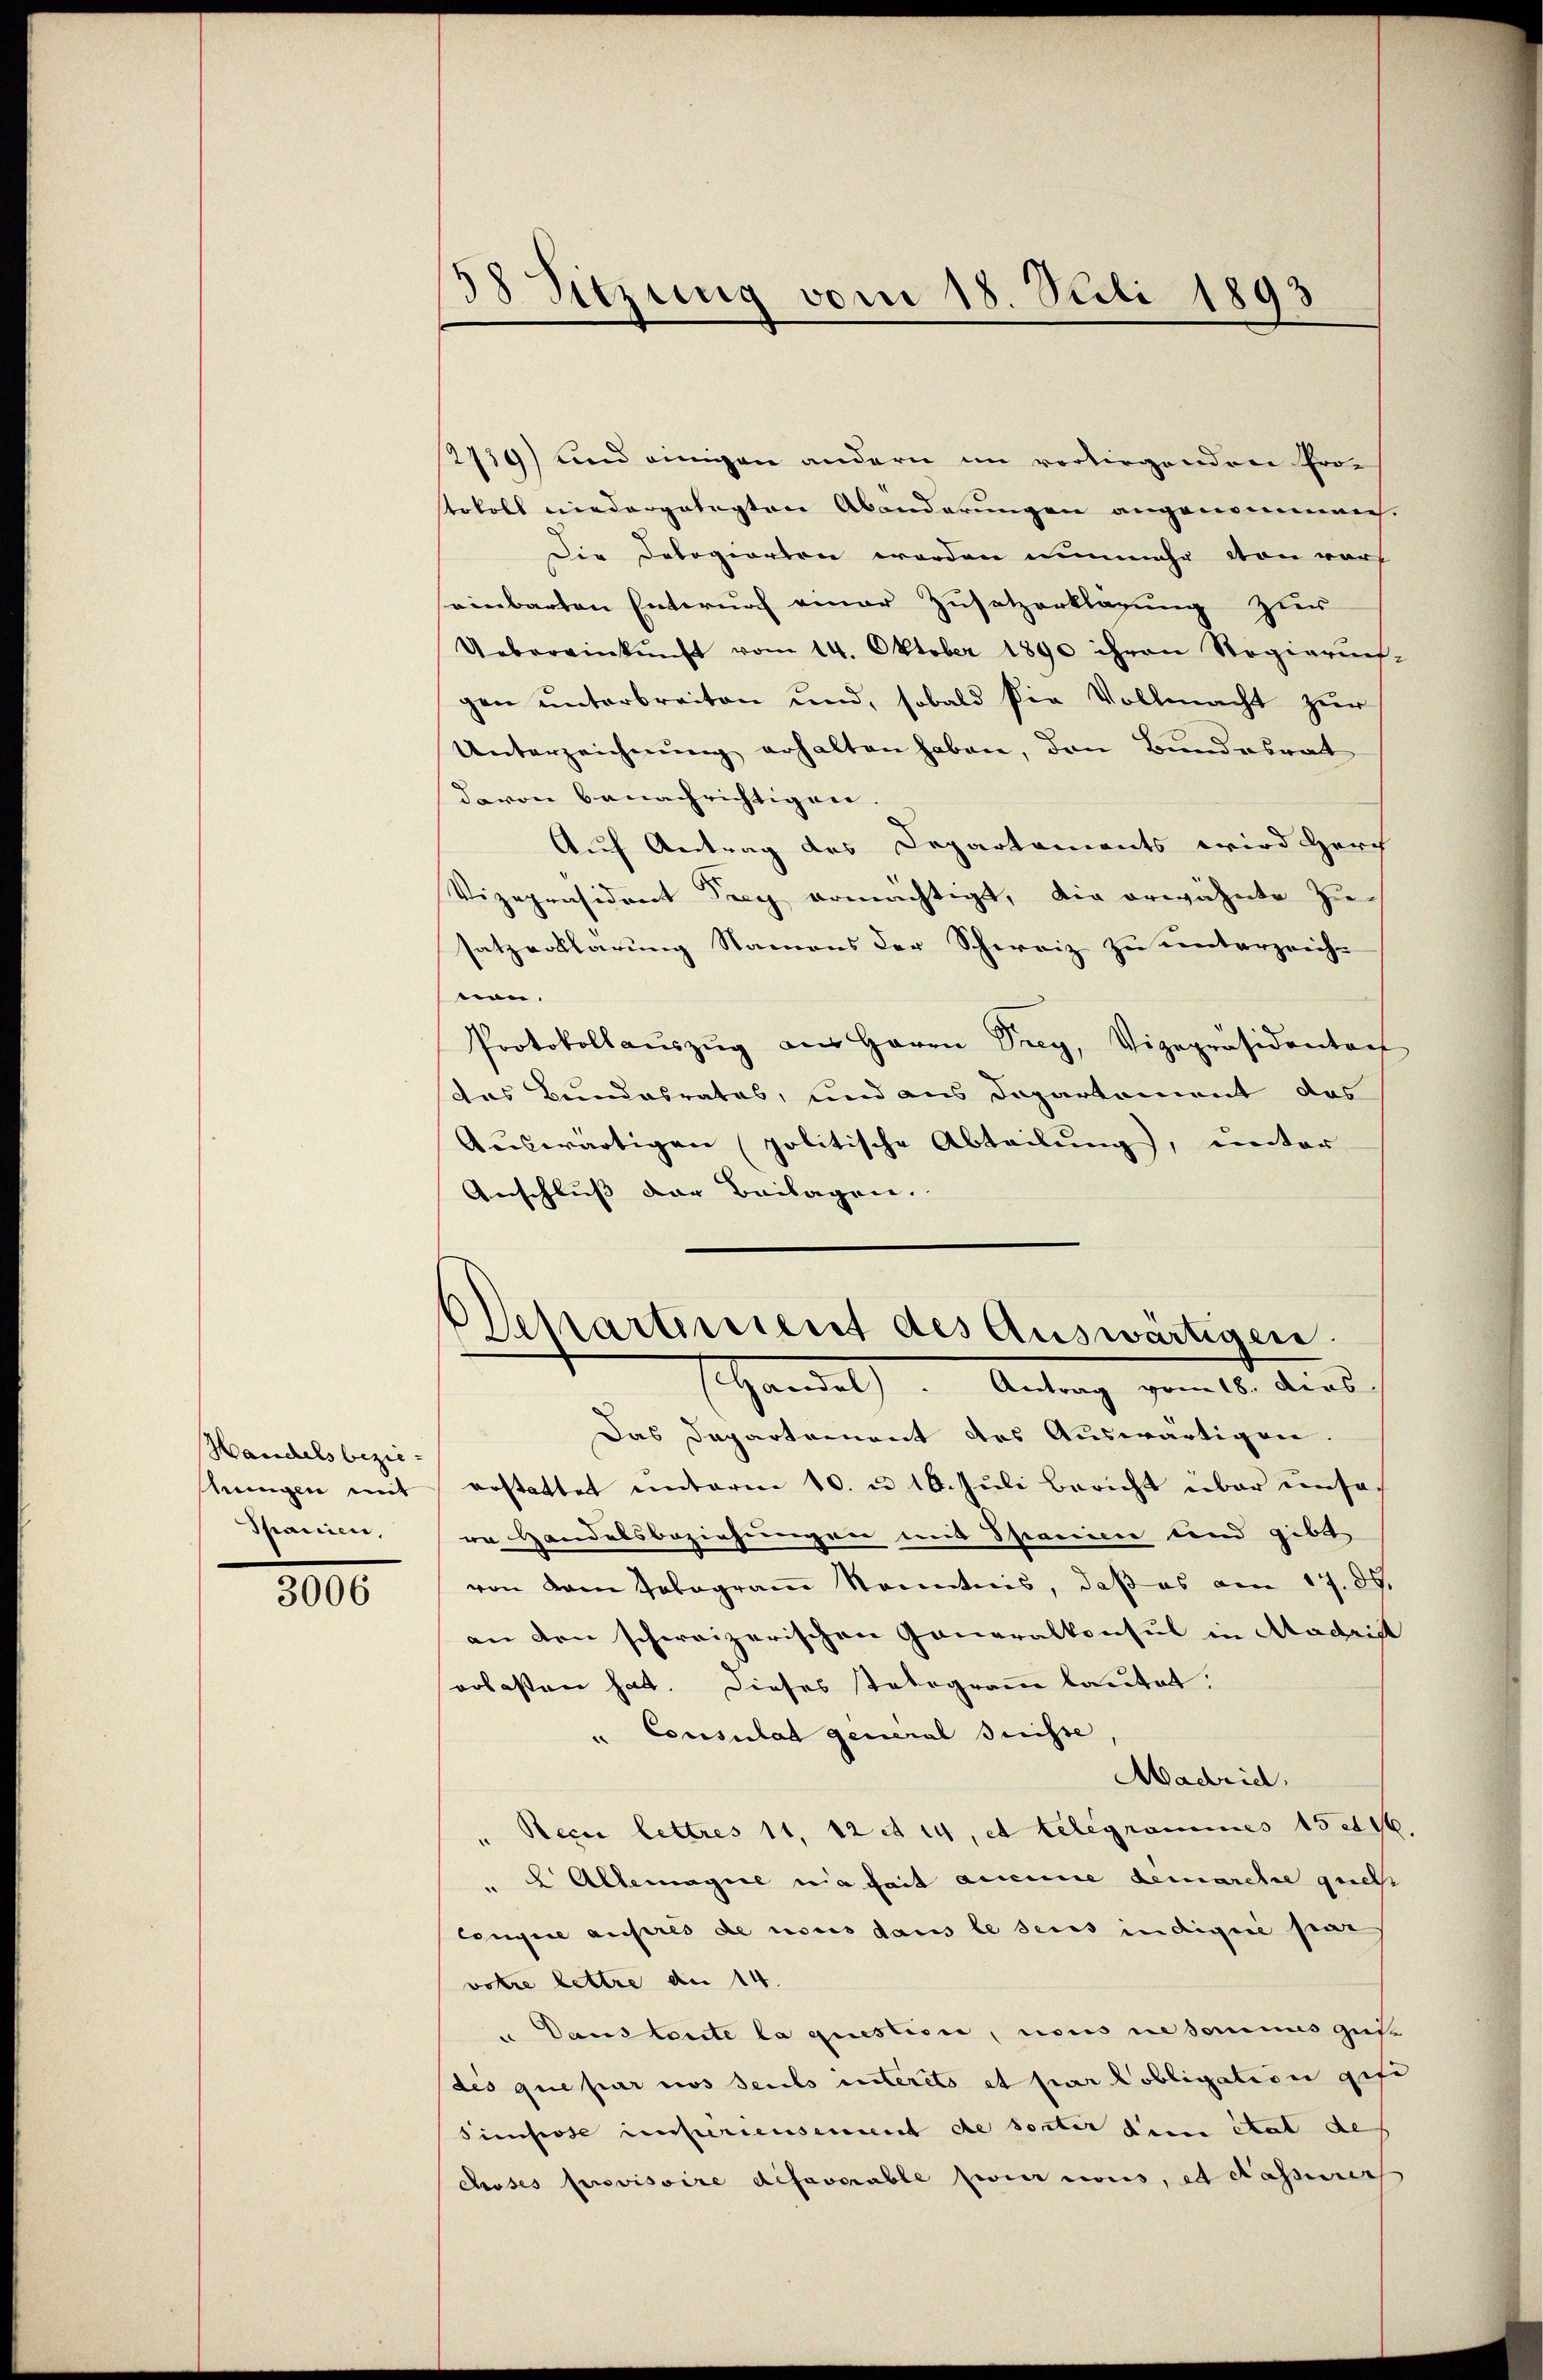
Hauchels bezie
kungen mit
Spanien,

3006

38 Sitzung vom 18. Juli 1893

Departement des Auswärtigen.
(Handel). Antrag vom 18. dies

2739) und einigen andern im vorliegenden Prostokoll niedergelegten Abänderungen angenommen.
Die Delegierten worden nunmehr von vorh
einbarten Entwurf einer Zusatzerklärung zur
Uebereinkunft vom 14. Oktober 1890 ihren Regierun-
gen ŭnterbreiten und, sobald die Vollmacht zur
Unterzeichnung erhalten haben, den Bundesrat
davon benachrichtigen.
Auf Antrag des Departaments wird Herch
Vizepräsident drey ermächtigt, die erwähnte Zu-
satzerklärung Namens der Schweiz zu unterzeich-
non.
Protokollaŭszŭg aŭs Herrn Seey, Vizepräsidenten
das Bundesrates, und aus Departement das
Auswärtigen (politische Abteilung), unter
Anschluss der Beilagen.
Das Departement des Auswärtigen.
erstattet unterm 10. u 10. Juli bericht über einsa
rn Handelsbeziehungen und Spanien und gibt
von dem Tobogram Kenntnis, daß es am 17. ds.
an den schweizerischen Generalkonsul in Madrist
oolasten hat. Dieses Telegramm lautet.
Consulat general Suisse
Madrid.
Reci lettres 11, 12 et 14, et telegrammes 152496
" 2 Allemagie nichait aucune demarche geeh
congire ausres de nous dans le seies indignie par
votre lettre an 14
" Dans toute la question, nous cedonius gute
dés que par nos seuls interets et par Pobligation gefe
Simpose inferiensement de sortir den état des
choses provisoire defoverable zwei nons, et dasserer